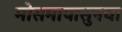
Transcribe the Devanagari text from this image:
मोसमापासुनचा